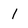
Character: I